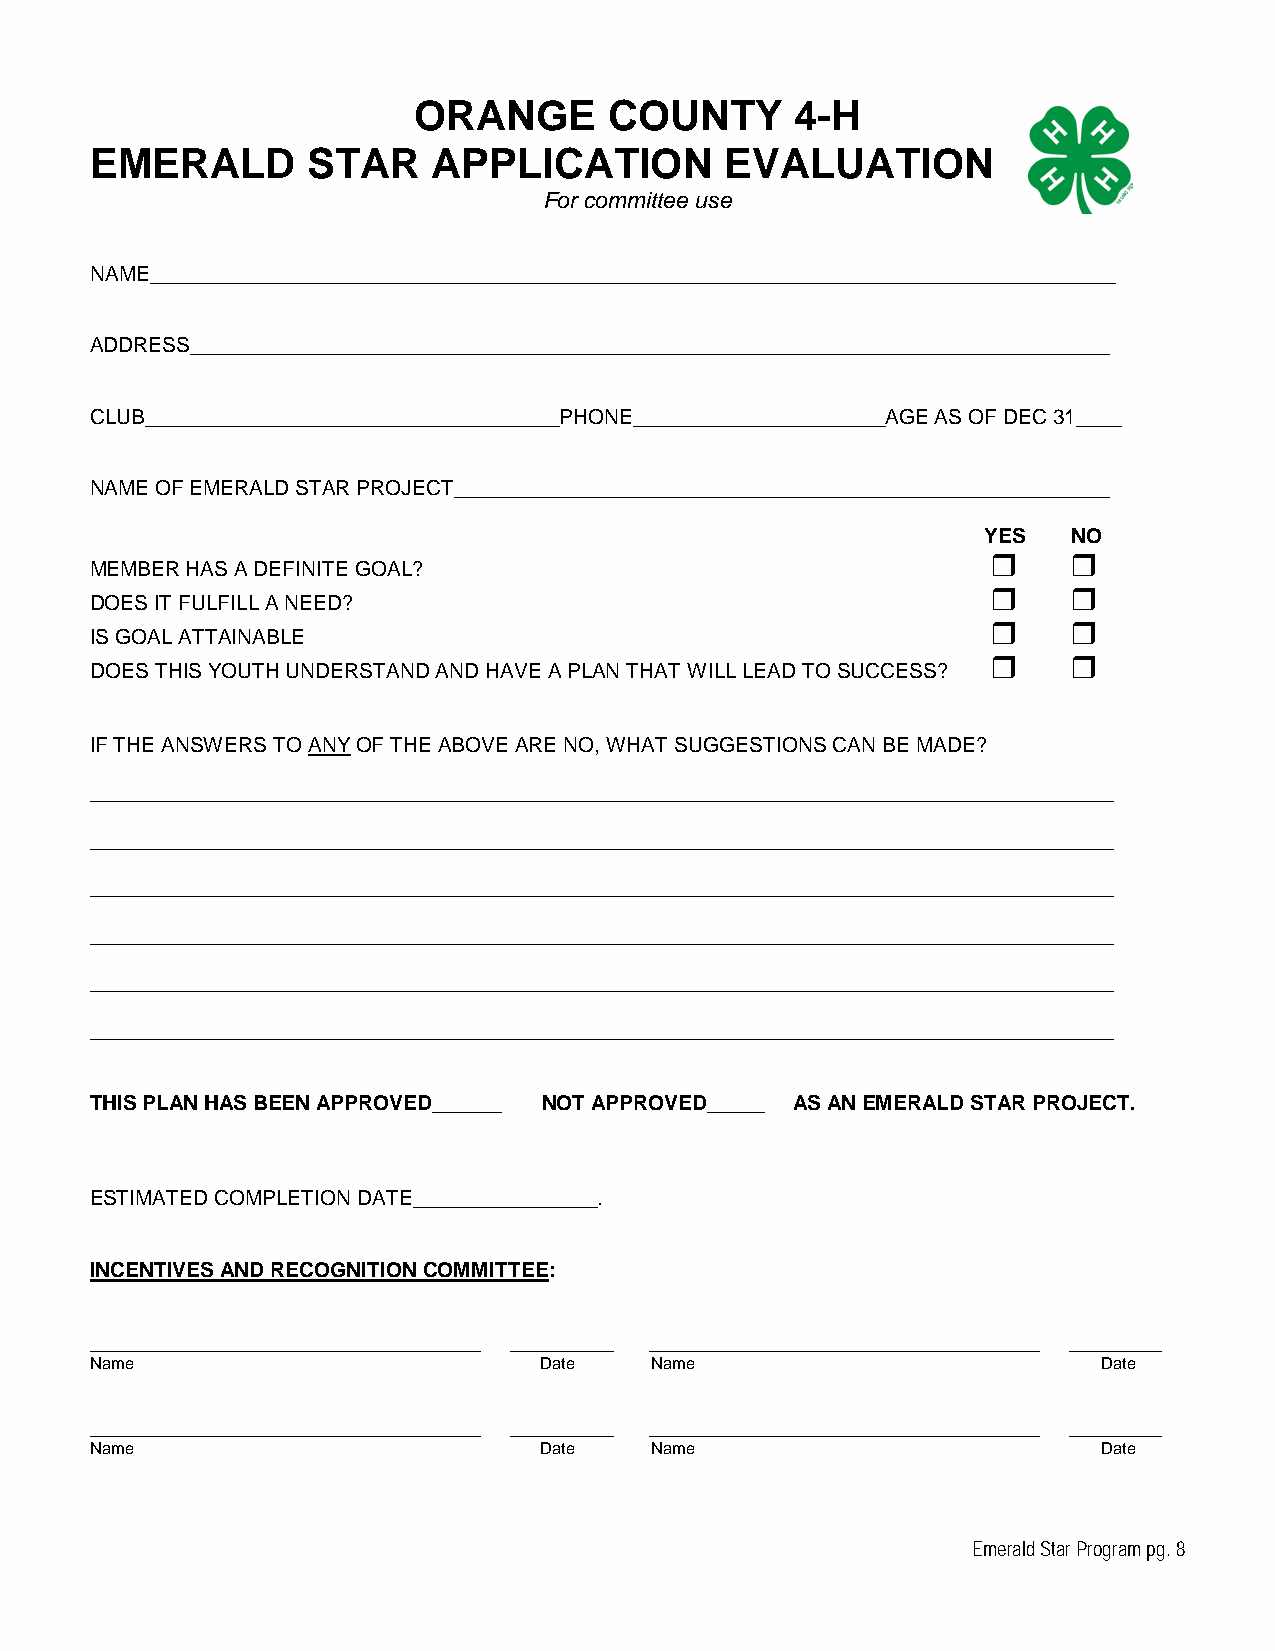
ORANGE       COUNTY       4-H
 EMERALD       STAR     APPLICATION        EVALUATION
 For committee use
 NAME____________________________________________________________________________________
 ADDRESS________________________________________________________________________________
 CLUB____________________________________PHONE______________________AGE AS OF DEC 31____
 NAME OF EMERALD STAR PROJECT_________________________________________________________
 YES   NO
     
 MEMBER HAS A DEFINITE GOAL?
     
 DOES IT FULFILL A NEED?
     
 IS GOAL ATTAINABLE
     
 DOES THIS YOUTH UNDERSTAND AND HAVE A PLAN THAT WILL LEAD TO SUCCESS?
 IF THE ANSWERS TO ANY OF THE ABOVE ARE NO, WHAT SUGGESTIONS CAN BE MADE?
 _________________________________________________________________________________________
 _________________________________________________________________________________________
 _________________________________________________________________________________________
 _________________________________________________________________________________________
 _________________________________________________________________________________________
 _________________________________________________________________________________________
 THIS PLAN HAS BEEN APPROVED______ NOT APPROVED_____ AS AN EMERALD STAR PROJECT.
 ESTIMATED COMPLETION DATE________________.
 INCENTIVES AND RECOGNITION COMMITTEE:
 __________________________________ _________ __________________________________ ________
 Name                          Date   Name                          Date
 __________________________________ _________ __________________________________ ________
 Name                          Date   Name                          Date
 Emerald Star Program pg. 8